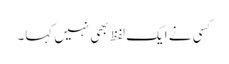
کسی نے ایک لفظ بھی نہیں کہا۔